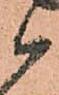
候